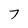
Character: 7